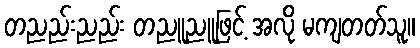
တညည်းညည်း တညူညူဖြင့် အလို မကျတတ်သူ။